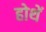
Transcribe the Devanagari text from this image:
होथें